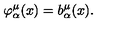
\varphi _ { \alpha } ^ { \mu } ( x ) = b _ { \alpha } ^ { \mu } ( x ) .